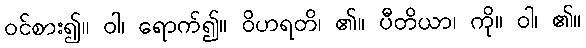
ဝင်စား၍။ ဝါ၊ ရောက်၍။ ဝိဟရတိ၊ ၏။ ပီတိယာ၊ ကို။ ဝါ၊ ၏။